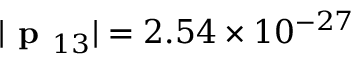
| \textbf { p } _ { 1 3 } | = 2 . 5 4 \times 1 0 ^ { - 2 7 }